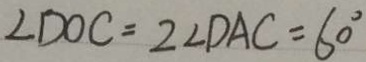
\angle D O C = 2 \angle D A C = 6 0 ^ { \circ }